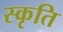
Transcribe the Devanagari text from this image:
स्कृति